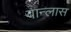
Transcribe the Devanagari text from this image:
वान्लास